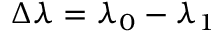
\Delta \lambda = \lambda _ { 0 } - \lambda _ { 1 }